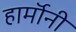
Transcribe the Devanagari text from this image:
हार्मॉनी